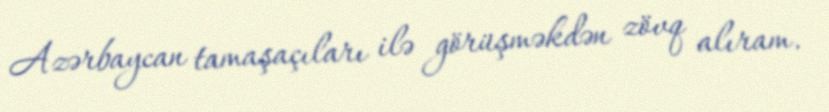
Azərbaycan tamaşaçıları ilə görüşməkdən zövq alıram.